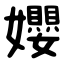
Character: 孆